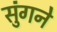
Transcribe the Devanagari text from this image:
सुंगने